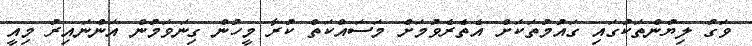
ވަގު ލިޔުންތަކުގައި ގައުމުތަކަށް އެތެރެވުމަށް މަސައްކަތް ކުރާ މީހުން ގިނަވަމުން އަންނައިރު މިއީ